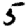
Digit: 5